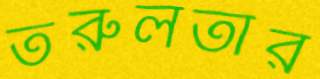
তরুলতার